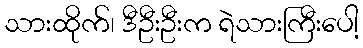
သားထိုက်၊ ဒီဦးဦးက ရဲသားကြီးပေါ့